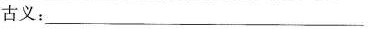
古义：___